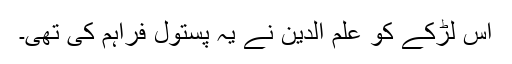
اس لڑکے کو علم الدین نے یہ پستول فراہم کی تھی۔